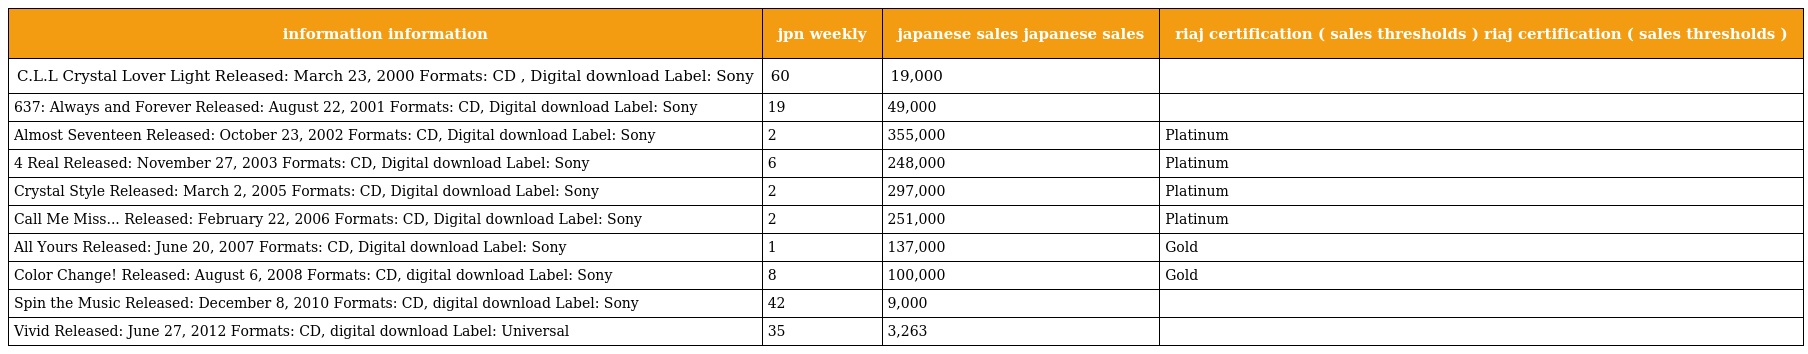
| information information | jpn weekly | japanese sales japanese sales | riaj certification ( sales thresholds ) riaj certification ( sales thresholds ) |
 | --- | --- | --- | --- |
 | C.L.L Crystal Lover Light Released: March 23, 2000 Formats: CD , Digital download Label: Sony | 60 | 19,000 |  |
 | 637: Always and Forever Released: August 22, 2001 Formats: CD, Digital download Label: Sony | 19 | 49,000 |  |
 | Almost Seventeen Released: October 23, 2002 Formats: CD, Digital download Label: Sony | 2 | 355,000 | Platinum |
 | 4 Real Released: November 27, 2003 Formats: CD, Digital download Label: Sony | 6 | 248,000 | Platinum |
 | Crystal Style Released: March 2, 2005 Formats: CD, Digital download Label: Sony | 2 | 297,000 | Platinum |
 | Call Me Miss... Released: February 22, 2006 Formats: CD, Digital download Label: Sony | 2 | 251,000 | Platinum |
 | All Yours Released: June 20, 2007 Formats: CD, Digital download Label: Sony | 1 | 137,000 | Gold |
 | Color Change! Released: August 6, 2008 Formats: CD, digital download Label: Sony | 8 | 100,000 | Gold |
 | Spin the Music Released: December 8, 2010 Formats: CD, digital download Label: Sony | 42 | 9,000 |  |
 | Vivid Released: June 27, 2012 Formats: CD, digital download Label: Universal | 35 | 3,263 |  |